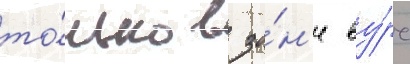
то́лько в зо́н'е ву́рс